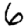
Digit: 6